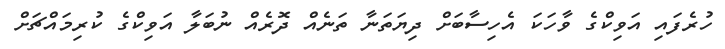
ހުރެފައި އަވިކްގެ ވާހަކަ އެހިސާބަށް ދިޔަތަނާ ތަނެއް ދޮރެއް ނުބަލާ އަވިކްގެ ކުރިމައްޗަށް